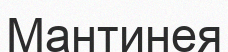
Мантинея